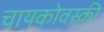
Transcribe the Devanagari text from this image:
चायकोवस्की